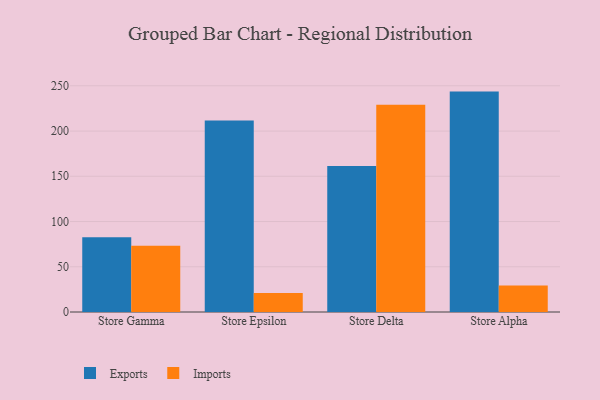
{"axis": {"x": "Store", "y": "Churn Rate (%)"}, "legend": ["Exports", "Imports"], "data": [{"x": "Store Gamma", "y": 82.6, "type": "Exports"}, {"x": "Store Gamma", "y": 73.1, "type": "Imports"}, {"x": "Store Epsilon", "y": 211.7, "type": "Exports"}, {"x": "Store Epsilon", "y": 20.9, "type": "Imports"}, {"x": "Store Delta", "y": 161.5, "type": "Exports"}, {"x": "Store Delta", "y": 229.1, "type": "Imports"}, {"x": "Store Alpha", "y": 243.6, "type": "Exports"}, {"x": "Store Alpha", "y": 29.4, "type": "Imports"}]}